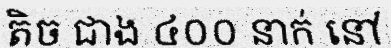
តិច ជាង ៤០០ នាក់ នៅ